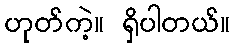
ဟုတ်ကဲ့။ ရှိပါတယ်။